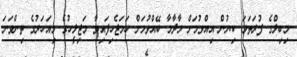
މިބިލްގެ ފުރަތަމަ ކިޔުން އިއްވުމަށް މާދާމާ ބޭއްވުމަށް ހަމަޖެހިފައިވާ މަޖިލީހުގެ މިއަހަރުގެ ތިންވަނަ